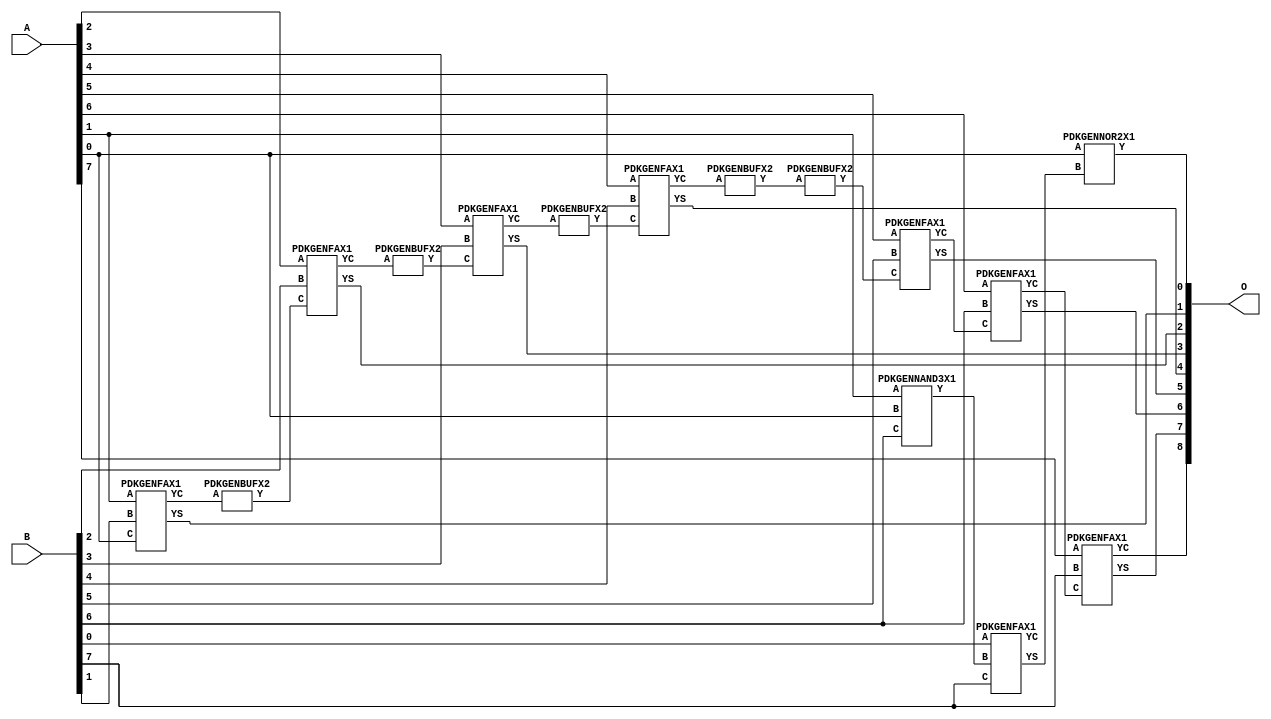
// Library = EvoApprox8b
// Circuit = add8_161
// Area   (180) = 1140
// Delay  (180) = 1.830
// Power  (180) = 416.20
// Area   (45) = 88
// Delay  (45) = 0.730
// Power  (45) = 38.96
// Nodes = 15
// HD = 65408
// MAE = 0.50000
// MSE = 0.50000
// MRE = 0.22 %
// WCE = 1
// WCRE = 100 %
// EP = 50.0 %

module add8_161(A, B, O);
  input [7:0] A;
  input [7:0] B;
  output [8:0] O;
  wire [2031:0] N;

  assign N[0] = A[0];
  assign N[1] = A[0];
  assign N[2] = A[1];
  assign N[3] = A[1];
  assign N[4] = A[2];
  assign N[5] = A[2];
  assign N[6] = A[3];
  assign N[7] = A[3];
  assign N[8] = A[4];
  assign N[9] = A[4];
  assign N[10] = A[5];
  assign N[11] = A[5];
  assign N[12] = A[6];
  assign N[13] = A[6];
  assign N[14] = A[7];
  assign N[15] = A[7];
  assign N[16] = B[0];
  assign N[17] = B[0];
  assign N[18] = B[1];
  assign N[19] = B[1];
  assign N[20] = B[2];
  assign N[21] = B[2];
  assign N[22] = B[3];
  assign N[23] = B[3];
  assign N[24] = B[4];
  assign N[25] = B[4];
  assign N[26] = B[5];
  assign N[27] = B[5];
  assign N[28] = B[6];
  assign N[29] = B[6];
  assign N[30] = B[7];
  assign N[31] = B[7];

  PDKGENNAND3X1 n34(.A(N[2]), .B(N[0]), .C(N[28]), .Y(N[34]));
  PDKGENFAX1 n38(.A(N[16]), .B(N[34]), .C(N[30]), .YS(N[38]), .YC(N[39]));
  PDKGENNOR2X1 n76(.A(N[0]), .B(N[38]), .Y(N[76]));
  PDKGENFAX1 n82(.A(N[2]), .B(N[18]), .C(N[0]), .YS(N[82]), .YC(N[83]));
  PDKGENBUFX2 n112(.A(N[83]), .Y(N[112]));
  assign N[113] = N[112];
  PDKGENFAX1 n132(.A(N[4]), .B(N[20]), .C(N[113]), .YS(N[132]), .YC(N[133]));
  PDKGENBUFX2 n174(.A(N[133]), .Y(N[174]));
  PDKGENFAX1 n182(.A(N[6]), .B(N[22]), .C(N[174]), .YS(N[182]), .YC(N[183]));
  PDKGENBUFX2 n208(.A(N[183]), .Y(N[208]));
  PDKGENFAX1 n232(.A(N[8]), .B(N[24]), .C(N[208]), .YS(N[232]), .YC(N[233]));
  PDKGENBUFX2 n248(.A(N[233]), .Y(N[248]));
  PDKGENBUFX2 n268(.A(N[248]), .Y(N[268]));
  assign N[269] = N[268];
  PDKGENFAX1 n282(.A(N[10]), .B(N[26]), .C(N[269]), .YS(N[282]), .YC(N[283]));
  PDKGENFAX1 n332(.A(N[12]), .B(N[28]), .C(N[283]), .YS(N[332]), .YC(N[333]));
  PDKGENFAX1 n382(.A(N[14]), .B(N[30]), .C(N[333]), .YS(N[382]), .YC(N[383]));

  assign O[0] = N[76];
  assign O[1] = N[82];
  assign O[2] = N[132];
  assign O[3] = N[182];
  assign O[4] = N[232];
  assign O[5] = N[282];
  assign O[6] = N[332];
  assign O[7] = N[382];
  assign O[8] = N[383];

endmodule
/* mod */
module PDKGENFAX1( input A, input B, input C, output YS, output YC );
    assign YS = (A ^ B) ^ C;
    assign YC = (A & B) | (B & C) | (A & C);
endmodule
/* mod */
module PDKGENNOR2X1(input A, input B, output Y );
     assign Y = ~(A | B);
endmodule
/* mod */
module PDKGENNAND3X1(input A, input B, input C, output Y );
     assign Y = ~((A & B) & C);
endmodule
/* mod */
module PDKGENBUFX2(input A, output Y );
     assign Y = A;
endmodule